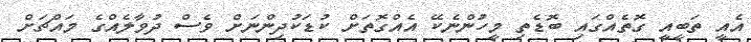
އެއީ ތަބީއީ ގޮތެއްގައި ބޮޑެތި މީހުންނެކޭ އެއްގޮތަށް ކުޑަކުދިންނަށް ވެސް ދުވާލެއްގެ މައްޗަށް